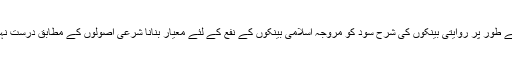
مثال کے طور پر روایتی بینکوں کی شرح سود کو مروجہ اسلامی بینکوں کے نفع کے لئے معیار بنانا شرعی اصولوں کے مطابق درست نہیں ہے۔